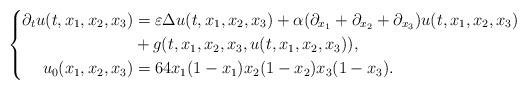
LaTeX: \begin{align*} \left\{\begin{aligned} \partial_t u(t,x_1,x_2,x_3)&=\varepsilon \Delta u(t,x_1,x_2,x_3)+ \alpha(\partial_{x_1} +\partial_{x_2}+\partial_{x_3})u(t,x_1,x_2,x_3)\\ &+g(t,x_1,x_2,x_3,u(t,x_1,x_2,x_3)),\\ u_0(x_1,x_2,x_3) &= 64x_1(1-x_1)x_2(1-x_2)x_3(1-x_3).\end{aligned}\right. \end{align*}